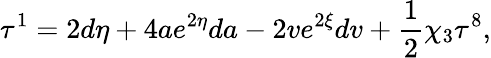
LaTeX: {\mathbf\tau}^{1}=2d\eta+4ae^{2\eta}da-2ve^{2\xi}dv+\frac{1}{2}\chi_{3}{\mathbf\tau}^{8},